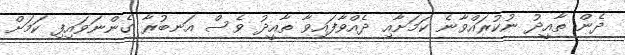
ދެން ތާއީދު ނުކުރައްވާނެ ކަމަށާއި ދެއްވާފައިވާ ތާއީދު ވެސް އަނބުރާ ގެންނަވައިފި ކަމަށް